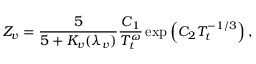
Z _ { v } = \frac { 5 } { 5 + K _ { v } ( \lambda _ { v } ) } \frac { C _ { 1 } } { T _ { t } ^ { \omega } } \exp \left( C _ { 2 } T _ { t } ^ { - 1 / 3 } \right) ,